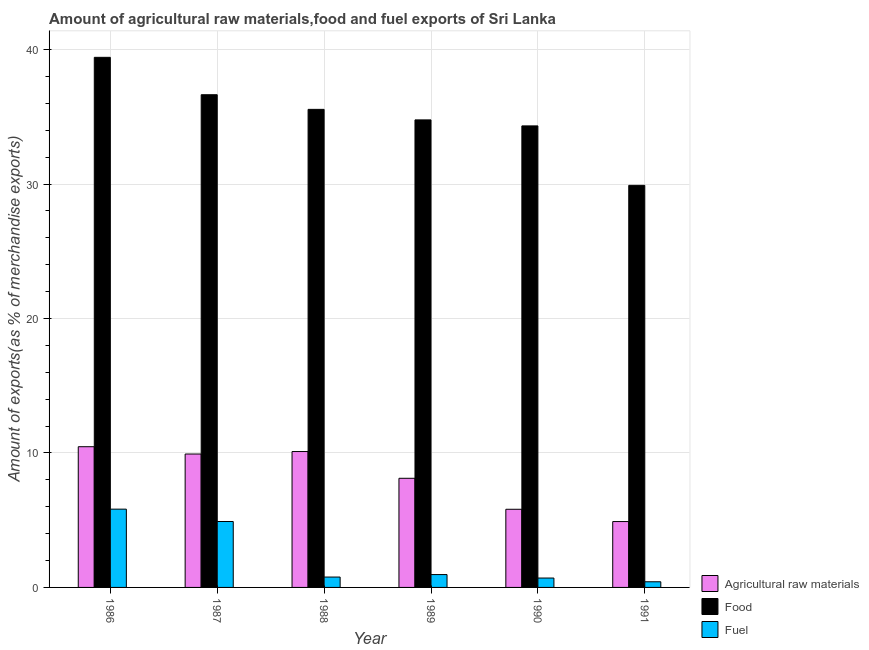
| Year | Agricultural raw materials | Food | Fuel |
 | --- | --- | --- | --- |
 | 1986 | 10.5 | 39.4 | 5.82 |
 | 1987 | 9.92 | 36.6 | 4.9 |
 | 1988 | 10.1 | 35.6 | 0.771 |
 | 1989 | 8.12 | 34.8 | 0.956 |
 | 1990 | 5.81 | 34.3 | 0.699 |
 | 1991 | 4.9 | 29.9 | 0.421 |